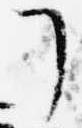
了